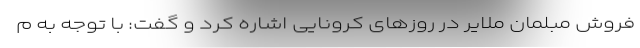
فروش مبلمان ملایر در روزهای کرونایی اشاره کرد و گفت: با توجه به م